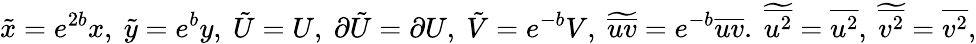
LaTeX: \tilde{x}=e^{2b}x,\ \tilde{y}=e^{b}y,\ \tilde{U}=U,\ \partial\tilde{U}=\partial U,\ \tilde{V}=e^{-b}V,\ \widetilde{\overline{{uv}}}=e^{-b}\overline{{uv}}.\ \widetilde{\overline{{u^{2}}}}=\overline{{u^{2}}},\ \widetilde{\overline{{v^{2}}}}=\overline{{v^{2}}},